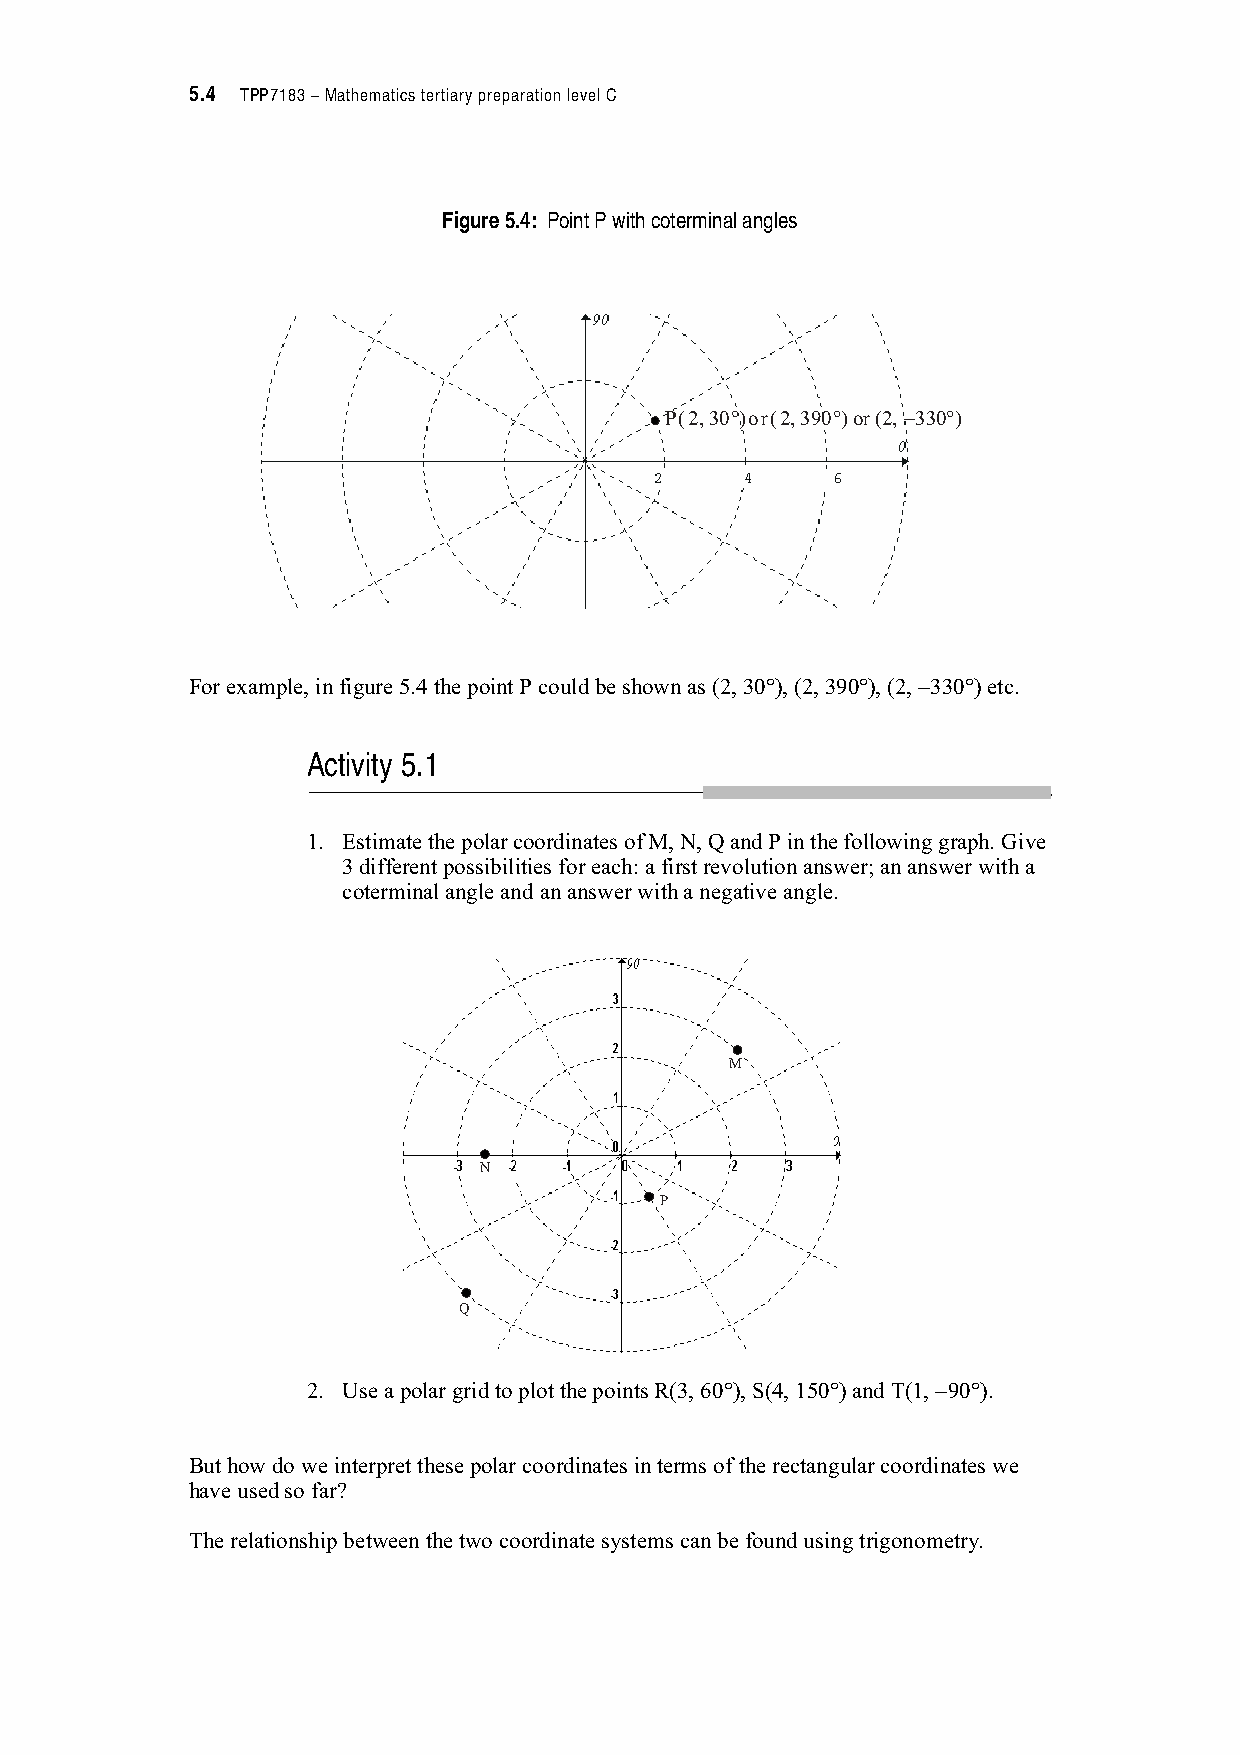
5.4 TPP7183 – Mathematics tertiary preparation level C
 Figure 5.4: Point P with coterminal angles
 P(2,30°)or(2,390°)or(2,−330°)
 For example, in figure 5.4 the point P could be shown as (2, 30!), (2, 390!), (2, 330!) etc.
 Activity 5.1
 1. Estimate the polar coordinates of M, N, Q and P in the following graph. Give
 3 different possibilities for each: a first revolution answer; an answer with a
 coterminal angle and an answer with a negative angle.
 M
 N
 P
 Q
 2. Use a polar grid to plot the points R(3, 60!), S(4, 150!) and T(1, 90!).
 But how do we interpret these polar coordinates in terms of the rectangular coordinates we
 have used so far?
 The relationship between the two coordinate systems can be found using trigonometry.